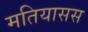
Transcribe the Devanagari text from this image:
मतियासस